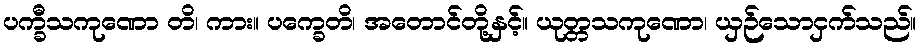
ပက္ခီသကုဏော တိ၊ ကား။ ပက္ခေတိ၊ အတောင်တို့နှင့်။ ယုတ္တသကုဏော၊ ယှဉ်သောငှက်သည်။